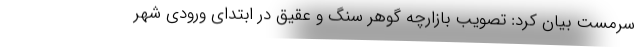
سرمست بیان کرد: تصویب بازارچه گوهر سنگ و عقیق در ابتدای ورودی شهر